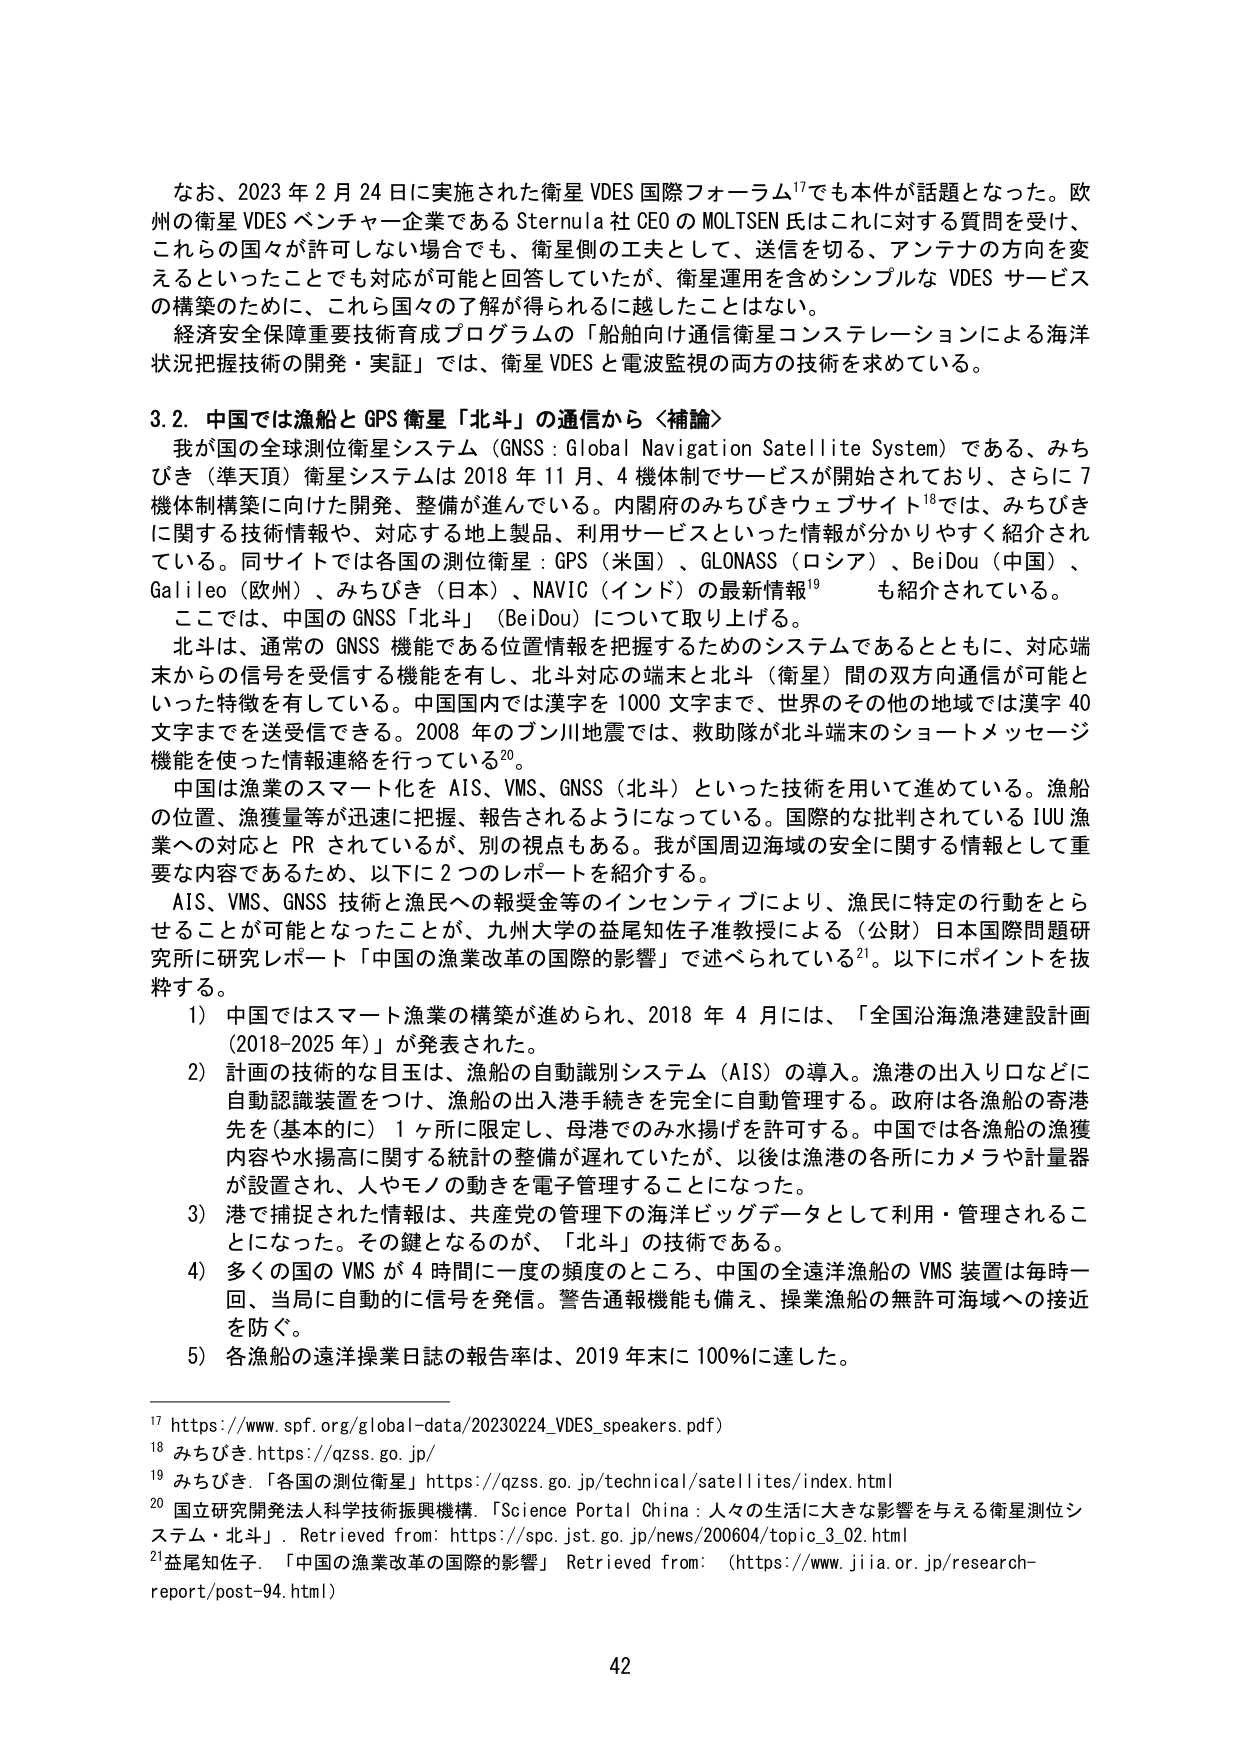
なお、2023年2月24日に実施された衛星VDES国際フォーラム¹⁷でも本件が話題となった。欧州の衛星VDESベンチャー企業であるSternula社CEOのMOLTSSEN氏はこれに対する質問を受け、これらの国々が許可しない場合でも、衛星側の工夫として、送信を切る、アンテナの方向を変えるといったことでも対応が可能と回答していたが、衛星運用を含めシンプルなVDESサービスの構築のために、これら国々の了解が得られるに越したことはない。

経済安全保障重要技術育成プログラムの「船舶向け通信衛星コンステレーションによる海洋状況把握技術の開発・実証」では、衛星VDESと電波監視の両方の技術を求めてている。

3.2. 中国では漁船とGPS衛星「北斗」の通信から〈補論〉

我が国の全球測位衛星システム（GNSS：Global Navigation Satellite System）である、みちびき（準天頂）衛星システムは2018年11月、4機体制でサービスが開始されており、さらに7機体制構築に向けた開発、整備が進んでいる。内閣府のみちびきウェブサイト¹⁸では、みちびきに関する技術情報や、対応する地上製品、利用サービスといった情報が分かりやすく紹介されている。同サイトでは各国の測位衛星：GPS（米国）、GLONASS（ロシア）、BeiDou（中国）、Galileo（欧州）、みちびき（日本）、NAVIC（インド）の最新情報¹⁹も紹介されている。

ここでは、中国のGNSS「北斗」（BeiDou）について取り上げる。

北斗は、通常のGNSS機能である位置情報を把握するためのシステムであるとともに、対応端末からの信号を受信する機能を有し、北斗対応の端末と北斗（衛星）間の双方向通信が可能といった特徴を有している。中国国内では漢字を1000文字まで、世界のその他の地域では漢字40文字までを送受信できる。2008年の汶川地震では、救助隊が北斗端末のショートメッセージ機能を使った情報連絡を行っている²⁰。

中国は漁業のスマート化をAIS、VMS、GNSS（北斗）といった技術を用いて進めている。漁船の位置、漁獲量等が迅速に把握、報告されるようになっている。国際的な批判されているIUU漁業への対応とPRされているが、別の視点もある。我が国周辺海域の安全に関する情報として重要な内容であるため、以下に2つのレポートを紹介する。

AIS、VMS、GNSS技術と漁民への報奨金等のインセンティブにより、漁民に特定の行動をとらせることが可能となったことが、九州大学の益尾知佐子准教授による（公財）日本国際問題研究所に研究レポート「中国の漁業改革の国際的影響」で述べられている²¹。以下にポイントを抜粋する。

1）中国ではスマート漁業の構築が進められ、2018年4月には、「全国沿海漁港建設計画（2018-2025年）」が発表された。

2）計画の技術的な目玉は、漁船の自動識別システム（AIS）の導入。漁港の出入り口などに自動認識装置をつけ、漁船の出入港手続きを完全に自動管理する。政府は各漁船の寄港先を（基本的に）1ヶ所に限定し、母港でのみ水揚げを許可する。中国では各漁船の漁獲内容や水揚高に関する統計の整備が遅れていたが、以後は漁港の各所にカメラや計量器が設置され、人やモノの動きを電子管理することになった。

3）港で捕捉された情報は、共産党の管理下の海洋ビッグデータとして利用・管理されることになった。その根はなるのだが、「北斗」の技術である。

4）多くの国のVMSが4時間に一度の頻度のところ、中国の全遠洋漁船のVMS装置は毎時一回、当局に自動的に信号を発信。警告通報機能も備え、操業漁船の無許可海域への接近を防ぐ。

5）各漁船の遠洋操業日誌の報告率は、2019年末に100％に達した。

¹⁷ https://www.spf.org/global-data/20230224_VDES_speakers.pdf)

¹⁸ みちびき. https://qzss.go.jp/

¹⁹ みちびき. 「各国の測位衛星」 https://qzss.go.jp/technical/satellites/index.html

²⁰ 国立研究開発法人科学技術振興機構. 「Science Portal China：人々の生活に大きな影響を与える衛星測位システム・北斗」. Retrieved from: https://spc.jst.go.jp/news/200604/topic_3_02.html

²¹ 益尾知佐子. 「中国の漁業改革の国際的影響」 Retrieved from: (https://www.jiia.or.jp/research-report/post-94.html)

42